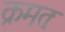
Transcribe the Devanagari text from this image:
क्रमतः